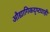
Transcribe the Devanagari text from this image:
औद्यागिकदृष्ट्याही